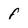
Character: f